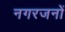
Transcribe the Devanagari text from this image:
नगरजनों